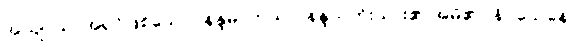
အယျာယ၊ အရှင်ဖြစ်သော။ နန္ဒမာတုယာ၊ နန္ဒသတိုးသား၏ အမိ၏။ နိဝသေနေ၊